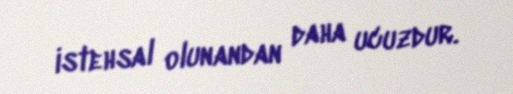
istehsal olunandan daha ucuzdur.